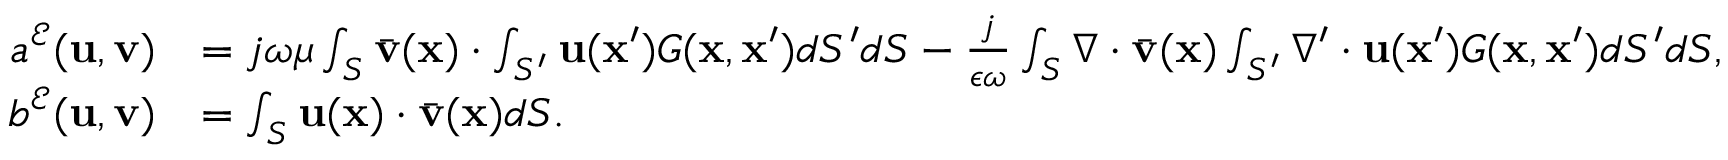
\begin{array} { r l } { a ^ { \mathcal { E } } ( \mathbf { u } , \mathbf { v } ) } & { = j \omega \mu \int _ { S } \bar { \mathbf { v } } ( \mathbf { x } ) \cdot \int _ { S ^ { \prime } } \mathbf { u } ( \mathbf { x } ^ { \prime } ) G ( \mathbf { x } , \mathbf { x } ^ { \prime } ) d S ^ { \prime } d S - \frac { j } { \epsilon \omega } \int _ { S } \nabla \cdot \bar { \mathbf { v } } ( \mathbf { x } ) \int _ { S ^ { \prime } } \nabla ^ { \prime } \cdot \mathbf { u } ( \mathbf { x } ^ { \prime } ) G ( \mathbf { x } , \mathbf { x } ^ { \prime } ) d S ^ { \prime } d S , } \\ { b ^ { \mathcal { E } } ( \mathbf { u } , \mathbf { v } ) } & { = \int _ { S } \mathbf { u } ( \mathbf { x } ) \cdot \bar { \mathbf { v } } ( \mathbf { x } ) d S . } \end{array}